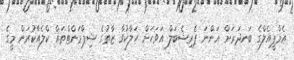
އެމްޕީއެލްގެ ބަނދަރަށް އަންނަ ޕެރިޝެބަލް އަވަހަށް ހަލާކުވާ ޒާތުގެ ޝިޕްމަންޓްތައް ކްލެއާކުރަން މީގެ